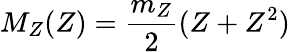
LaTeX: M_{Z}(Z)=\frac{m_{Z}}{2}(Z+Z^{2})